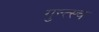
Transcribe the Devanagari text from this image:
गुन्त्स्च